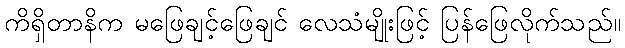
ကိရှိတာနိက မဖြေချင့်ဖြေချင် လေသံမျိုးဖြင့် ပြန်ဖြေလိုက်သည်။